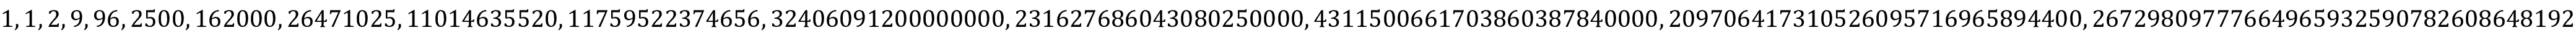
1 , 1 , 2 , 9 , 9 6 , 2 5 0 0 , 1 6 2 0 0 0 , 2 6 4 7 1 0 2 5 , 1 1 0 1 4 6 3 5 5 2 0 , 1 1 7 5 9 5 2 2 3 7 4 6 5 6 , 3 2 4 0 6 0 9 1 2 0 0 0 0 0 0 0 0 , 2 3 1 6 2 7 6 8 6 0 4 3 0 8 0 2 5 0 0 0 0 , 4 3 1 1 5 0 0 6 6 1 7 0 3 8 6 0 3 8 7 8 4 0 0 0 0 , 2 0 9 7 0 6 4 1 7 3 1 0 5 2 6 0 9 5 7 1 6 9 6 5 8 9 4 4 0 0 , 2 6 7 2 9 8 0 9 7 7 7 6 6 4 9 6 5 9 3 2 5 9 0 7 8 2 6 0 8 6 4 8 1 9 2